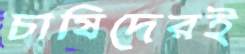
চাষিদেরই